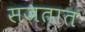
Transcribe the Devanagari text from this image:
सजतात